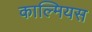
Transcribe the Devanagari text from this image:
काल्मियस